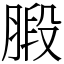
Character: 腶